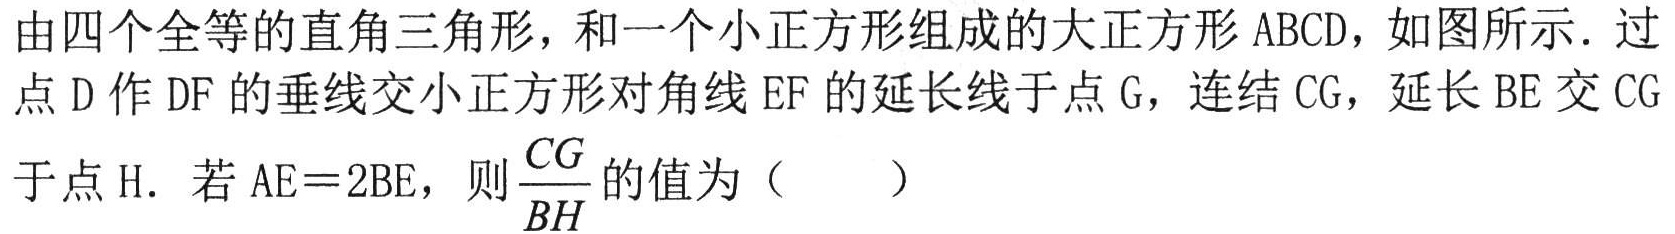
由四个全等的直角三角形，和一个小正方形组成的大正方形 \(ABCD\)，如图所示．过点 \(D\) 作 \(DF\) 的垂线交小正方形对角线 \(EF\) 的延长线于点 \(G\)，连结 \(CG\)，延长 \(BE\) 交 \(CG\) 于点 \(H\)．若 \(AE = 2BE\)，则 \(\frac{CG}{BH}\) 的值为（  ）